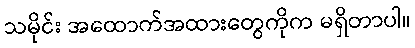
သမိုင်း အထောက်အထားတွေကိုက မရှိတာပါ။